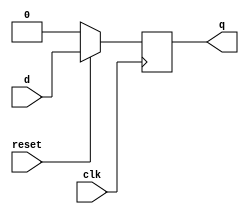
module d_ff(q, d, clk, reset);
    input d, clk, reset;
    output q;
    reg q;
    always @(posedge clk) begin
        if(!reset) q<=1'b0;
        else q<=d;
    end
endmodule

module reg_32bit(q, d, clk, reset);
    input[31:0] d;
    input clk, reset;
    output[31:0] q;
    genvar j;
    generate
        for(j=0; j<=31; j=j+1) begin: reg_loop
            d_ff k(q[j], d[j], clk, reset);
        end
    endgenerate
endmodule

// module tb32reg;
//     reg [31:0] d;
//     reg clk,reset;
//     wire [31:0] q;
//     reg_32bit R(q,d,clk,reset);
//     always @(clk)
//         #5 clk<=~clk;
//     initial
//     begin
//         $monitor(,$time, " q=%b, d=%b, reset = %b", q, d, reset);
//         clk= 1'b1;
//         reset=1'b0; //reset the register
//         #20 reset=1'b1;
//         #20 d=32'hAFAFAFAF;
//         #20 d=32'hAFCFBF0F; clk=1'b0;
//         #20 d=32'hAC043FAF; clk=1'b1;
//         #20 d=32'hAFAFA234;
//         #20 d=32'hAF245A6F;
//         #200 $finish;
//     end
// endmodule